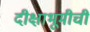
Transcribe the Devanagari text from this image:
दीक्षाभूमीची